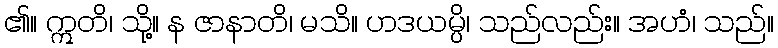
၏။ ဣတိ၊ သို့။ န ဇာနာတိ၊ မသိ။ ဟဒယမ္ပိ၊ သည်လည်း။ အဟံ၊ သည်။